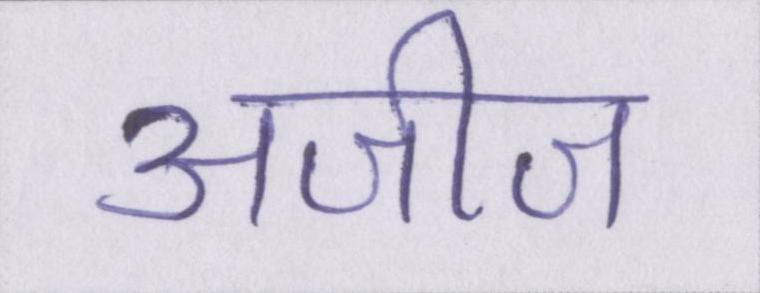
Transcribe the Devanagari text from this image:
अजीज